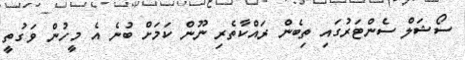
ސޯޝަލް ސެންޓަރުގައި ތިބެން ރައްކާތެރި ނޫން ކަމަށް ބުނެ އެ މީހުން ވަގުތީ